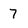
Character: 7